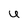
Character: U